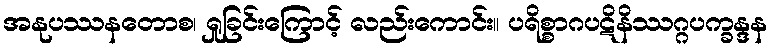
အနုပဿနတောစ၊ ရှုခြင်းကြောင့် လည်းကောင်း။ ပရိစ္စာဂပဋိနိဿဂ္ဂပက္ခန္ဒန